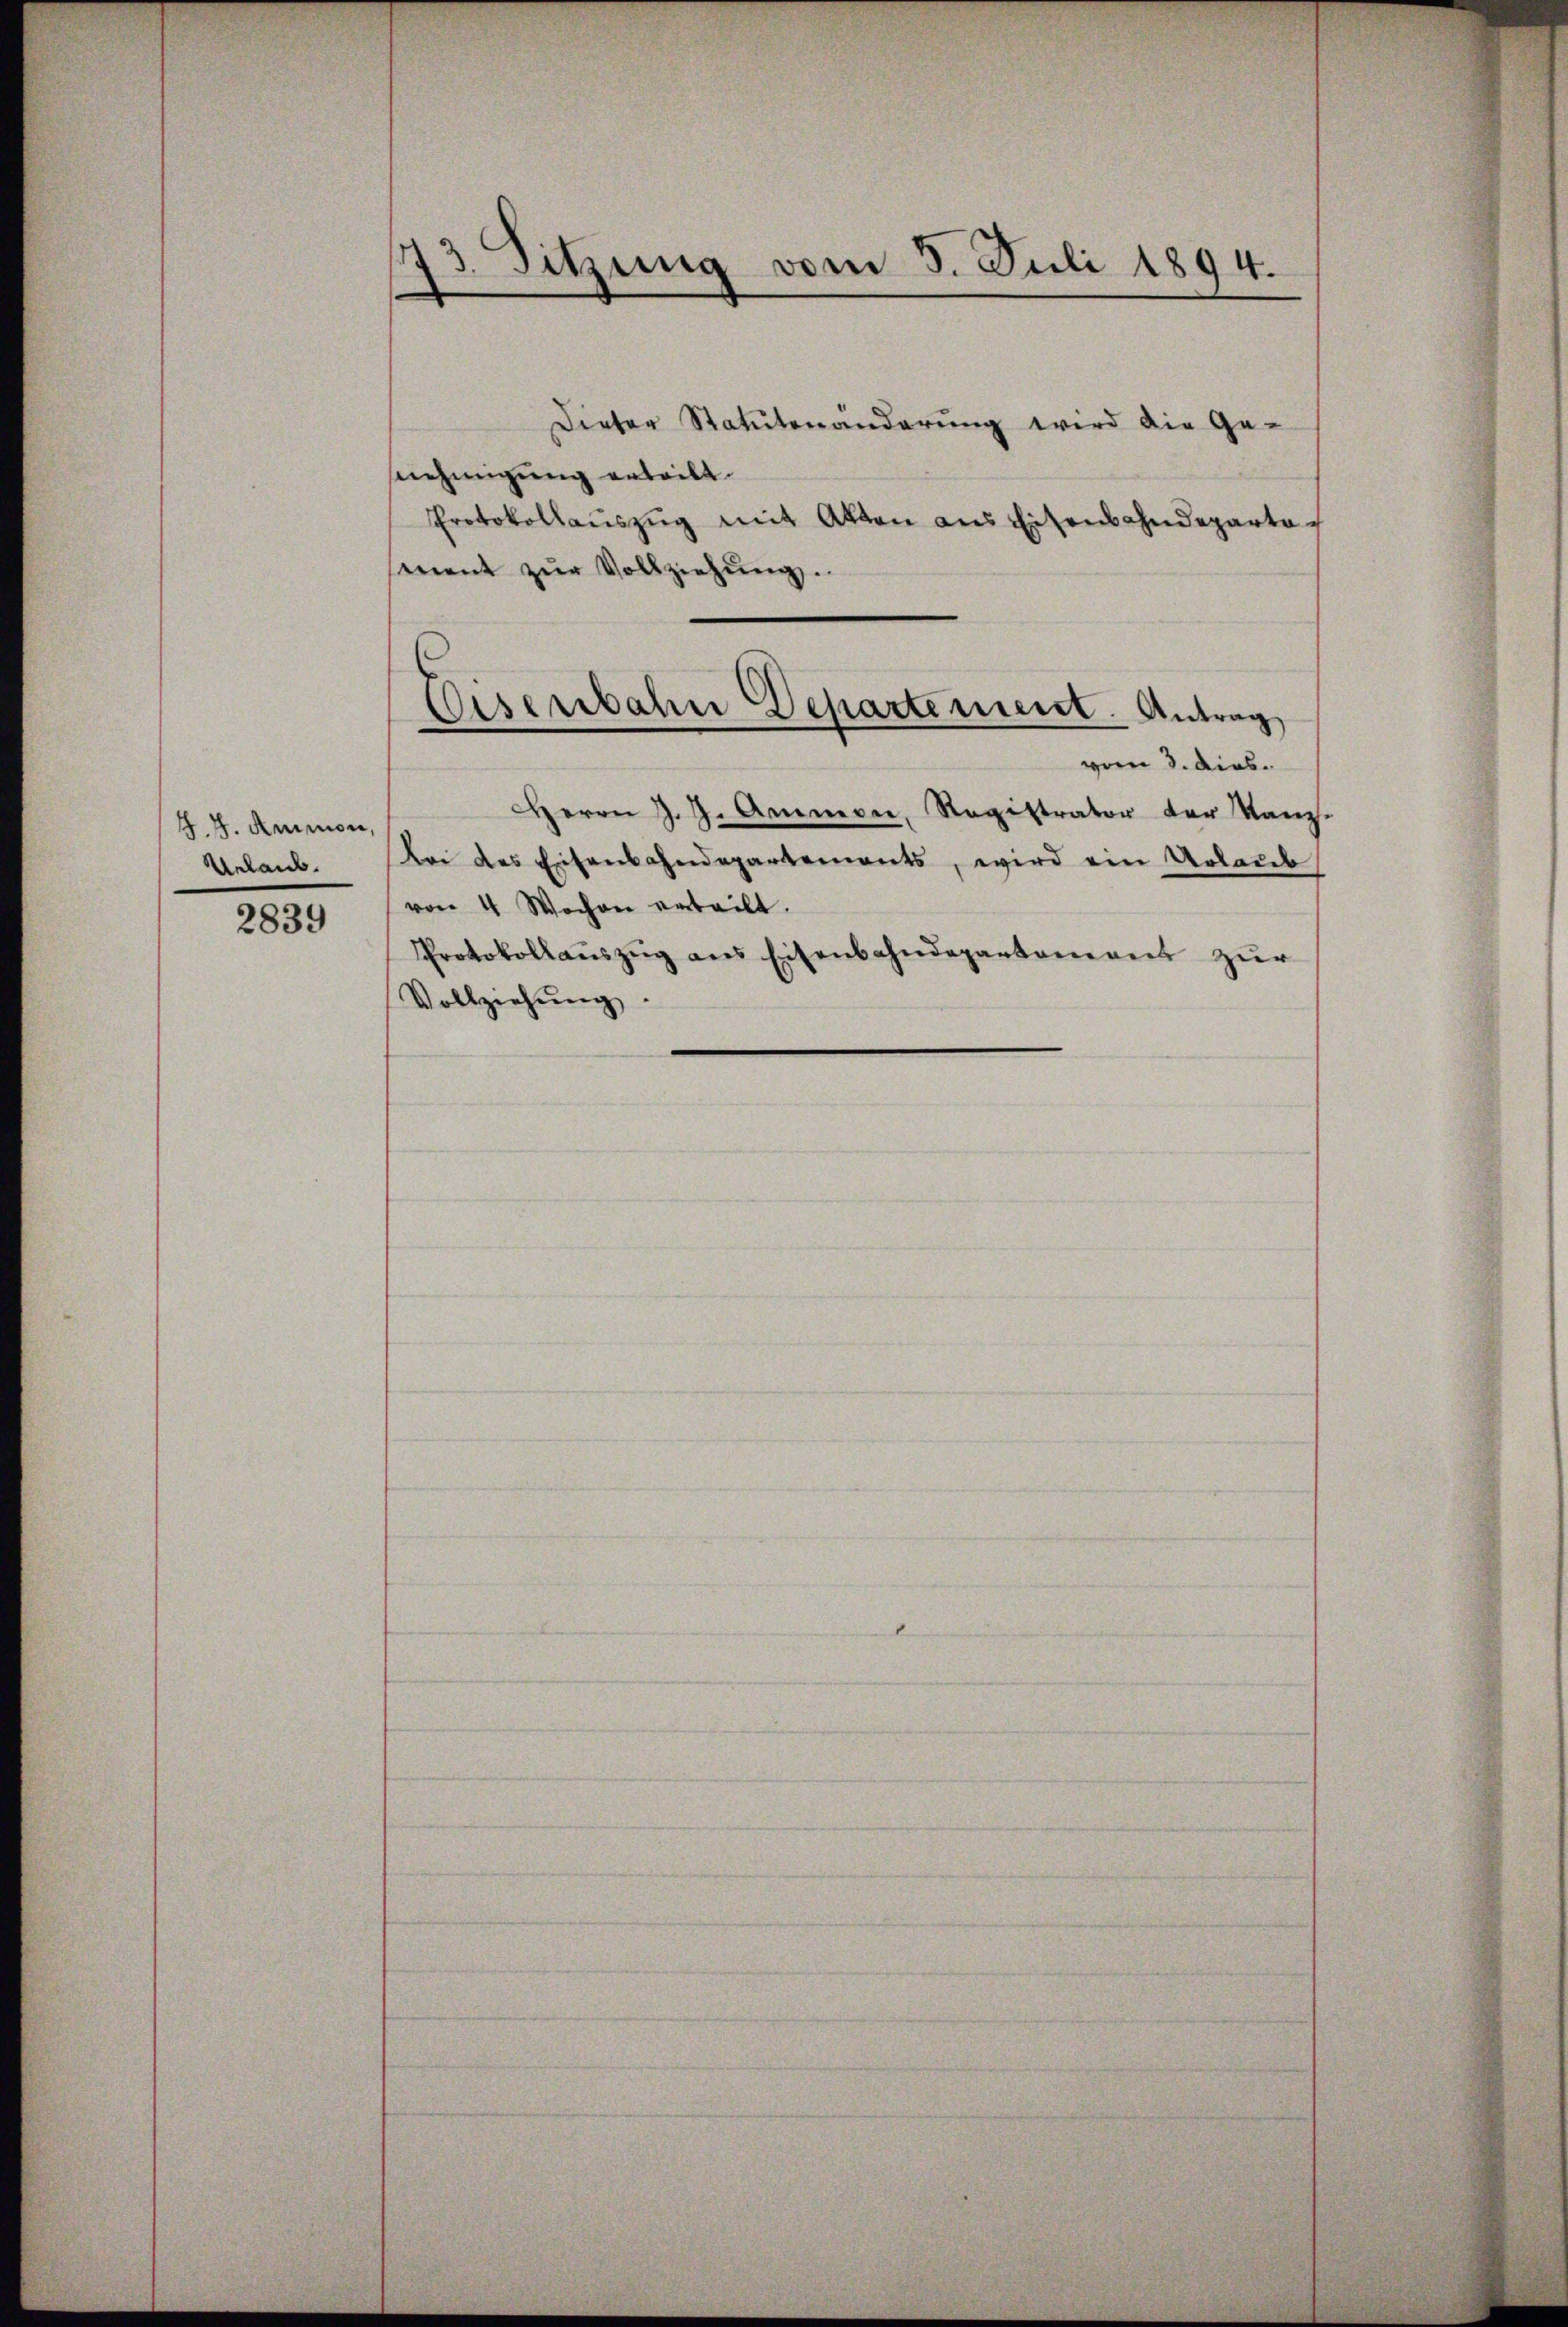
H. H. Ammon,
Unlaub.

2839

73. Sitzung vom 5. Juli 1894.

Dieter Statutenänderung wird die Gesnehmigung erteilt.
Protokollaŭszŭg mit Akten aus Eisenbahndeparte
mnent zŭr Vollziehŭng.
Herrn J. J. Ammon, Registrator der Kanz.
bei des Eisenbahndepartements, wird ein Urlaub
von 4 Wochen erteilt.
Protokollaŭszŭg ans Eisenbahndepartamens zŭr
Vollziehung

Eisenbahn Departement. Antrag,
vom 3. dies.